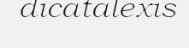
dicatalexis